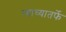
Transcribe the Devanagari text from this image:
त्याच्यातर्फे